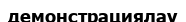
демонстрациялау